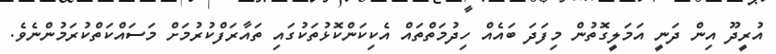
އުރީދޫ އިން ދަނީ އަމަލީގޮތުން މިފަދަ ބައެއް ހިދުމަތްތައް އެކިކަންކޮޅުތަކުގައި ތައާރަފްކުރުމަށް މަސައްކަތްކުރަމުންނެވެ.